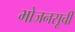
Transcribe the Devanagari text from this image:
भोजनसूची